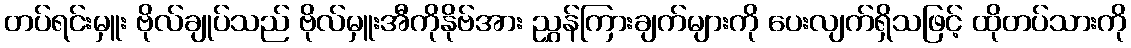
တပ်ရင်းမှူး ဗိုလ်ချုပ်သည် ဗိုလ်မှူးအီကိုနိုဗ်အား ညွှန်ကြားချက်များကို ပေးလျက်ရှိသဖြင့် ထိုတပ်သားကို